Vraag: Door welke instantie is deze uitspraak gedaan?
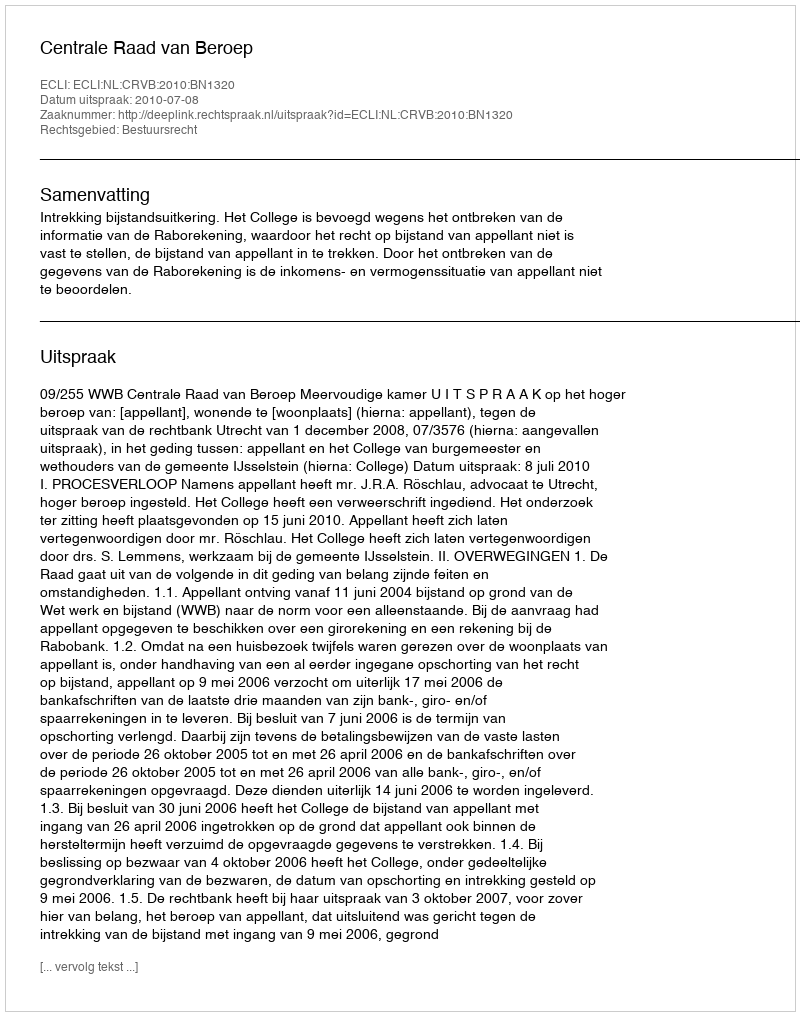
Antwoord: Centrale Raad van Beroep